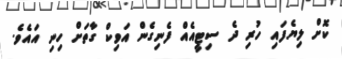
ކޮށް ލިޔެފައި ހުރި ދެ ސިޓީއެއް ފެނިގެން އަވިކް ގާތަށް ހިނި އައެވެ.